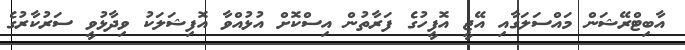
އާބިޓްރޭޝަން މައްސަލަގާއި އޭޖީ އޮފީހުގެ ފަރާތުން އިސްކޮށް އުޅުއްވާ އޮފިޝަލަކު ވިދާޅުވީ ސަރުކާރުގެ